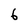
Character: 6